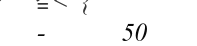
-     50